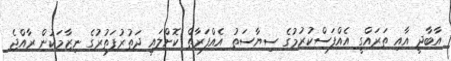
އާބާދީ އާއި ތަރައްގީ އެއްފަސްކުރުމުގެ ސިޔާސަތު އެއްފަރާތް ކޮށްލައި ދަތުރުފަތުރުގެ ނިޒާމަކުން ރާއްޖެ